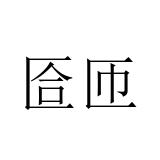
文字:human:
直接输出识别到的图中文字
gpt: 匼匝